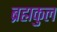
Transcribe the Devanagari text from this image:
ब्रह्मकुल